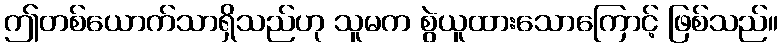
ဤတစ်ယောက်သာရှိသည်ဟု သူမက စွဲယူထားသောကြောင့် ဖြစ်သည်။